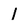
Character: 1